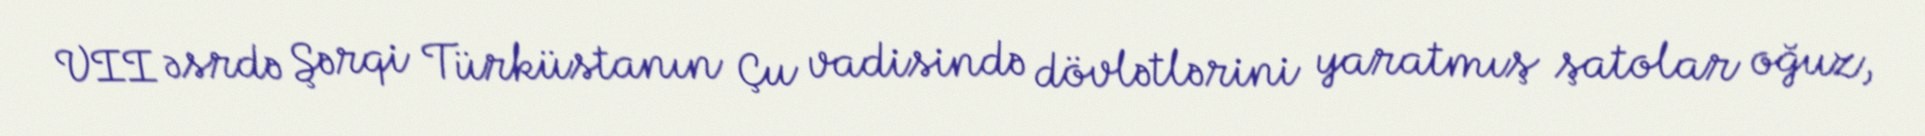
VII əsrdə Şərqi Türküstanın Çu vadisində dövlətlərini yaratmış şatolar oğuz,